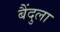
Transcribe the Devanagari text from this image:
बैंदुला